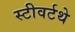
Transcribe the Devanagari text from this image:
स्टीवर्टथे